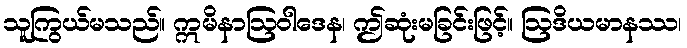
သူကြွယ်မသည်။ ဣမိနာဩဝါဒေန၊ ဤဆုံးမခြင်းဖြင့်။ ဩဒိယမာနဿ၊